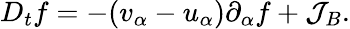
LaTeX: D_{t}f=-({v}_{\alpha}-{u}_{\alpha})\partial_{\alpha}f+\mathcal{J}_{B}.